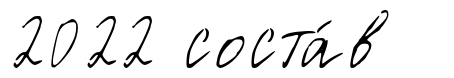
2022 соста́в